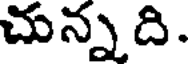
చున్నది.